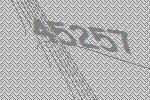
45257